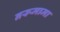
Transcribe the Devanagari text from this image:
नरूमामा